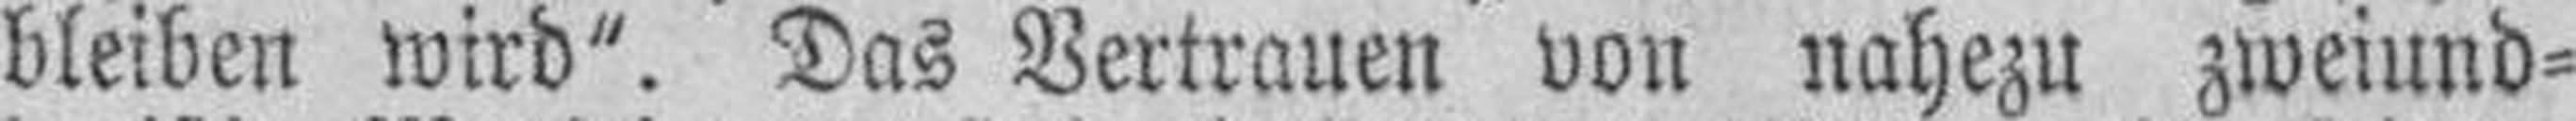
bleiben wird". Das Vertrauen von nahezu zweiund¬